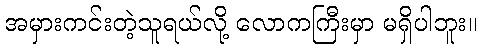
အမှားကင်းတဲ့သူရယ်လို့ လောကကြီးမှာ မရှိပါဘူး။